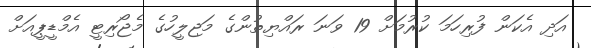
އަދި އެކަން ފުރިހަމަ ކުރުމަށް 19 ވަނަ ރައްޔިތުންގެ މަޖިލީހުގެ މެޖޯރިޓީ އެމްޑީޕީއަށް